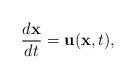
LaTeX: \begin{align*}\frac{d{\bf x}}{dt}={\bf u}({\bf x},t), \end{align*}